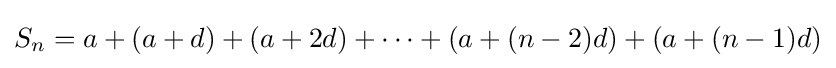
S_{n}=a+(a+d)+(a+2d)+\dots +(a+(n-2)d)+(a+(n-1)d)